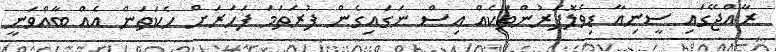
ރާއްޖޭގައި ސީނިއާ ޑިވެލޮޕަރުންތަކެއް އިސް ނަގައިގެން ފުރަތަމަ ފަހަރަށް ހެކަތަން އެއް ބާއްވަނީ